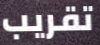
تقريب